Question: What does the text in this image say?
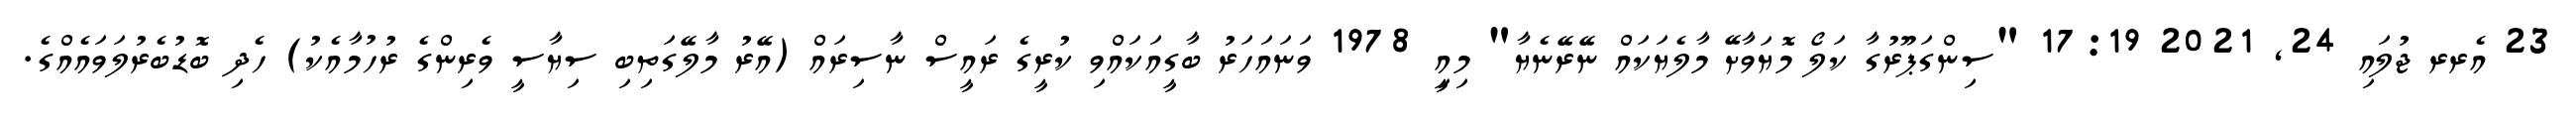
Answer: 23 އެރރ ޖުލައި 24, 2021 17:19 "ސިންގަޕޫރުގާ ކަލޯ މޮޔަވާށޭ މާލެޔަކައް ނޭރޭނެޔާ" މިއިީ 1978 ވަނައަހަރު ބާގީއަކައްވި ކުރީގެ ރައީސް ނާސިރައް (އޭރު މާލޭގަތިބި ސިޔާސީ ވެރިންގެ ރުހުމާއެކު) ހެދި ބޮޑުބެރުލަވައެއްގެ.